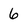
Character: 6